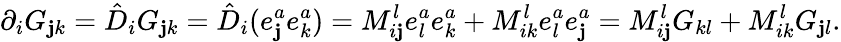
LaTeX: \partial_{i}G_{\mathbf{j}k}=\hat{{D}}_{i}G_{\mathbf{j}k}=\hat{{D}}_{i}(e_{\mathbf{j}}^{a}e_{k}^{a})=M_{i\mathbf{j}}^{l}e_{l}^{a}e_{k}^{a}+M_{ik}^{l}e_{l}^{a}e_{\mathbf{j}}^{a}=M_{i\mathbf{j}}^{l}G_{kl}+M_{ik}^{l}G_{\mathbf{j}l}.